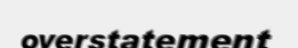
overstatement